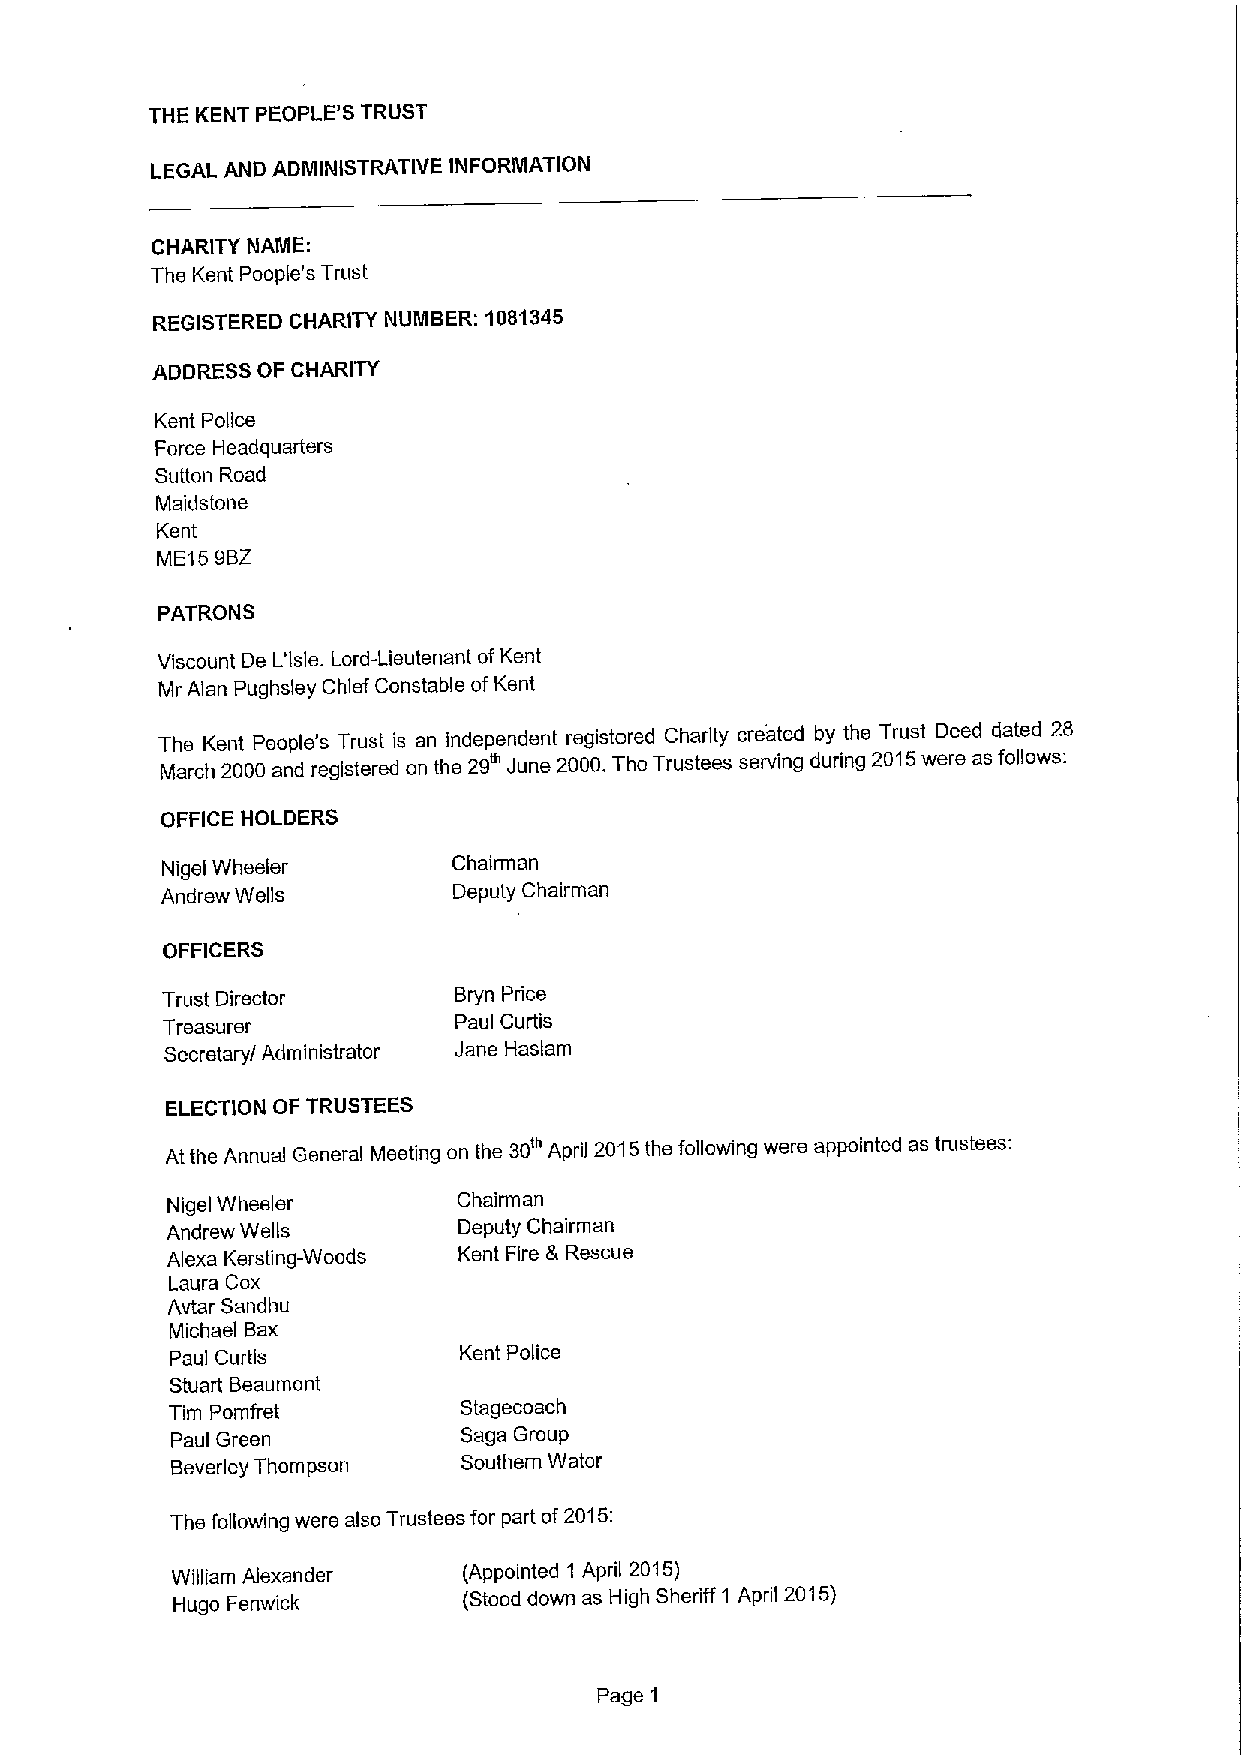
THE KENT PEOPLE'S TRUST
 LEGAL AND ADMINISTRATIVE INFORIIIIATION
 CHARITYNAME:
 The Kent People's Trust
 REGISTERED CHARITY NUIIIIBER: 1081345
 ADDRESS OF CHARITY
 Kent Police
 Force Headquarters
 Sutton Road
 Maidstone
 Kent
 ME15 9BZ
 PATRONS
 Viscount De L'Isle. Lord-Lieutenant ofKent
 Mr Alan Pughsley Chief Constable ofKent
 The Kent People's Trust is an independent registered Charity created by the Trust Deed dated 28
 March 2000 and registered on the 29 June 2000.The Trustees serving during 2015were as follows:
 OFFICE HOLDERS
 Nige Wheeler       Chairman
 I
 Andrew Wells       Deputy Chairman
 OFFICERS
 Trust Director     Bryn Price
 Treasurer          Paul Curtis
 Secretary/ Administrator Jane Haslam
 ELECTiON OF TRUSTEES
 At the Annual General Meeting on the 30" April 2015the following were appointed as trustees:
 Nigel Wheeler      Chairman
 Andrew Wells       Deputy Chairman
 Alexa Kersting-Woods Kent Fire 8 Rescue
 Laura Cox
 Avtar Sandhu
 Michael Bax
 Paul Curtis        Kent Police
 Stuart Beaumont
 Stagecoach
 Tim Pomfret
 Paul Green         Saga Group
 Beverley Thompson   Southern Water
 The following were also Trustees for part of2015:
 William Alexander   (Appointed 1 April 2015)
 Hugo Fenwick        (Stood down as I-ligh Sheriff 1 April 2015)
 Page 1